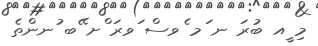
މި ީއ ބުރަަ ނ ަމ ެވސް ަވރަ ްށ ޭބ ުނންތެ